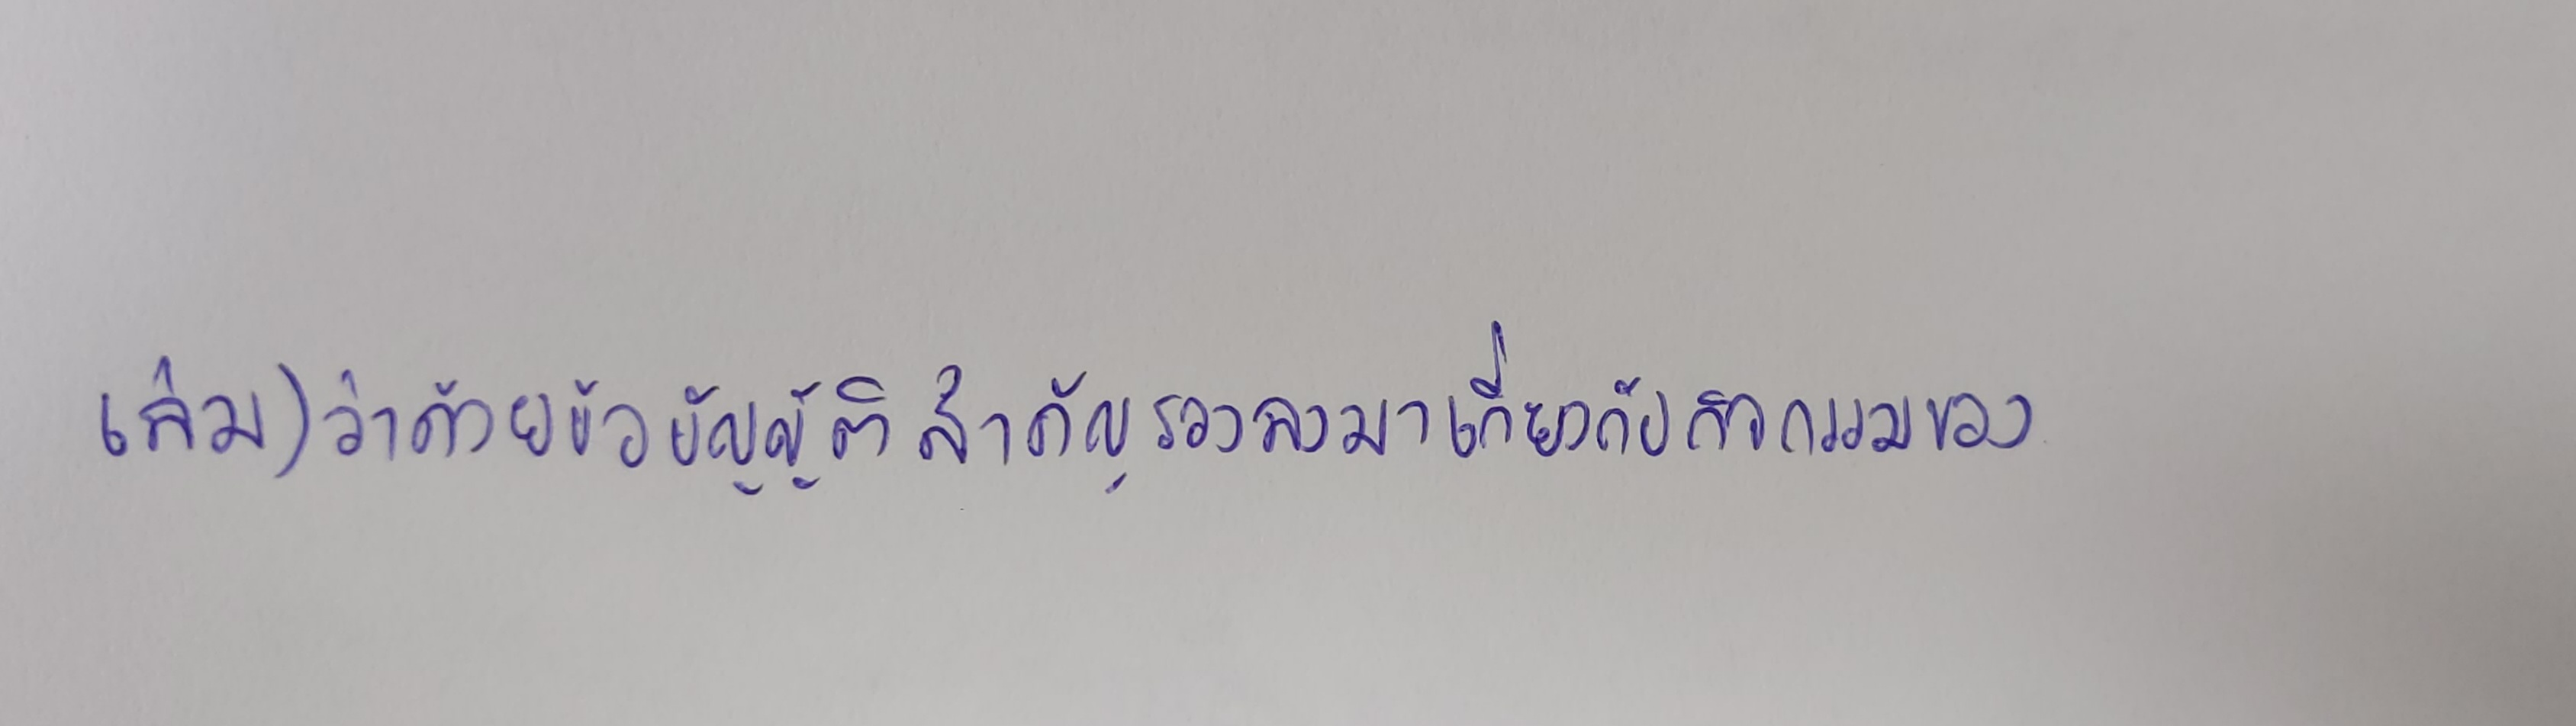
เล่ม)ว่าด้วยข้อบัญญัติสำคัญรองลงมาเกี่ยวกับกิจกรรมของ